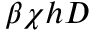
\beta \chi h D